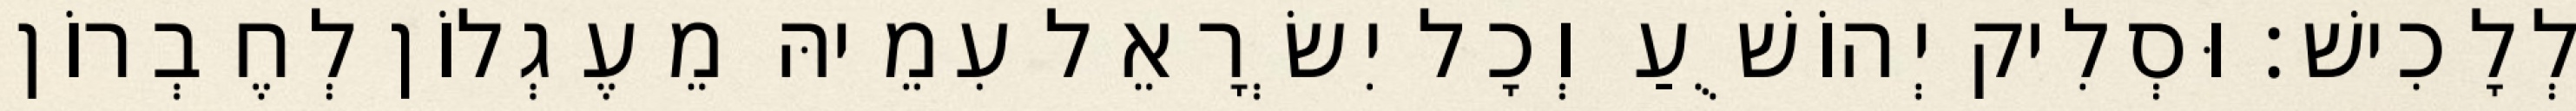
לְלָכִישׁ׃ וּסְלִיק יְהוֹשֻׁעַ וְכָל יִשְׂרָאֵל עִמֵיהּ מֵעֶגְלוֹן לְחֶבְרוֹן